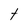
Character: t